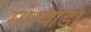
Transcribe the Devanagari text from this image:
मोरवाडा